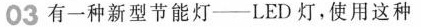
03有一种新型节能灯——LED灯，使用这种